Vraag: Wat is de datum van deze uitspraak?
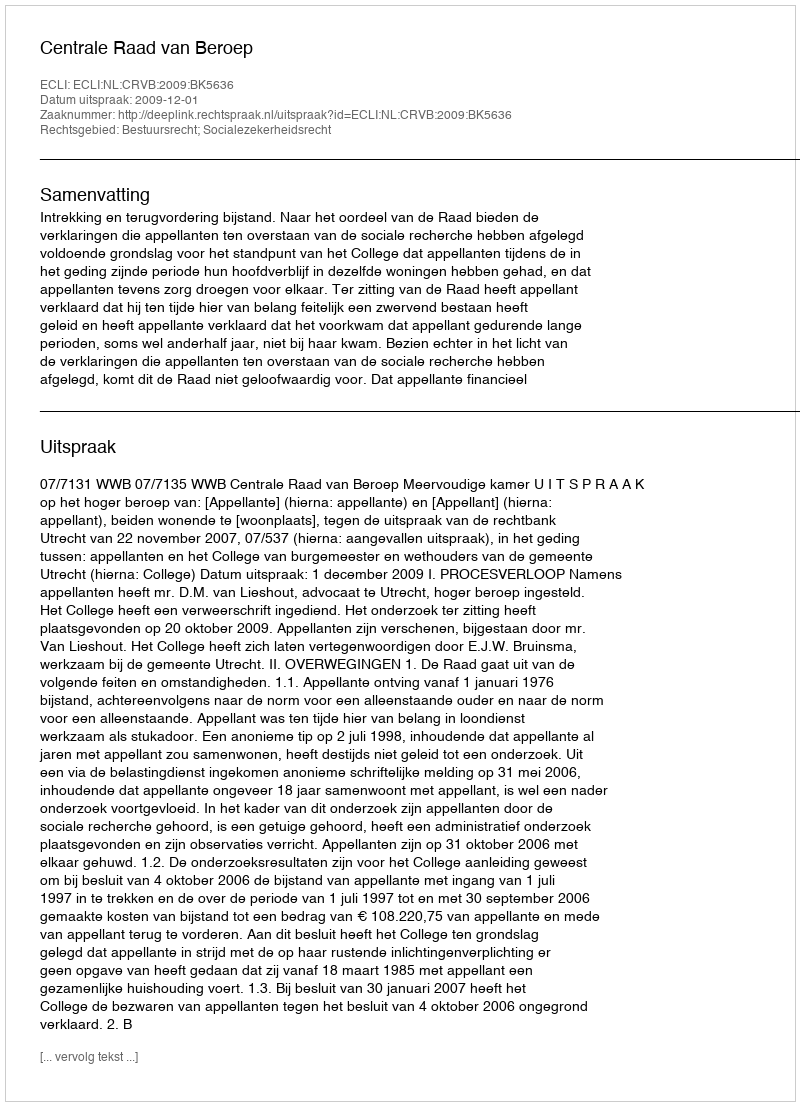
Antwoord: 2009-12-01